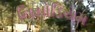
નિયોડિયમ